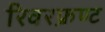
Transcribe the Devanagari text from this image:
रिवरफ्रण्ट